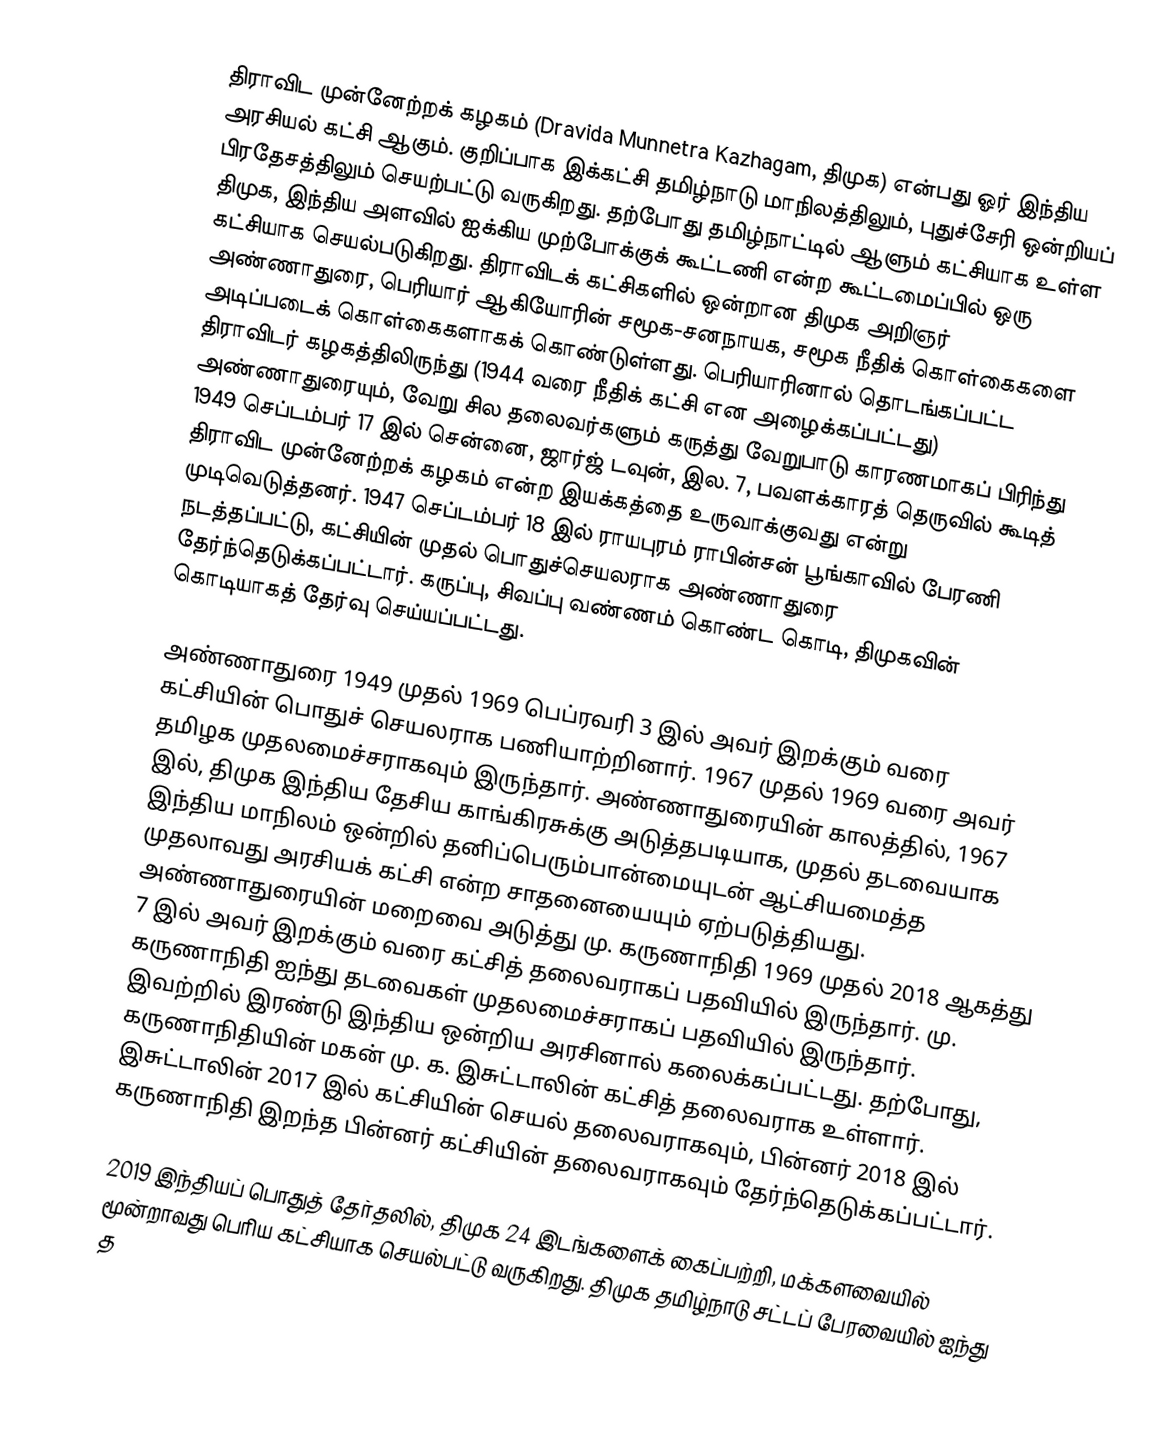
திராவிட முன்னேற்றக் கழகம் (Dravida Munnetra Kazhagam, திமுக) என்பது ஓர் இந்திய அரசியல் கட்சி ஆகும். குறிப்பாக இக்கட்சி தமிழ்நாடு மாநிலத்திலும், புதுச்சேரி ஒன்றியப் பிரதேசத்திலும் செயற்பட்டு வருகிறது. தற்போது தமிழ்நாட்டில் ஆளும் கட்சியாக உள்ள திமுக, இந்திய அளவில் ஐக்கிய முற்போக்குக் கூட்டணி என்ற கூட்டமைப்பில் ஒரு கட்சியாக செயல்படுகிறது. திராவிடக் கட்சிகளில் ஒன்றான திமுக அறிஞர் அண்ணாதுரை, பெரியார் ஆகியோரின் சமூக-சனநாயக, சமூக நீதிக் கொள்கைகளை அடிப்படைக் கொள்கைகளாகக் கொண்டுள்ளது. பெரியாரினால் தொடங்கப்பட்ட திராவிடர் கழகத்திலிருந்து (1944 வரை நீதிக் கட்சி என அழைக்கப்பட்டது) அண்ணாதுரையும், வேறு சில தலைவர்களும் கருத்து வேறுபாடு காரணமாகப் பிரிந்து 1949 செப்டம்பர் 17 இல் சென்னை, ஜார்ஜ் டவுன், இல. 7, பவளக்காரத் தெருவில் கூடித் திராவிட முன்னேற்றக் கழகம் என்ற இயக்கத்தை உருவாக்குவது என்று முடிவெடுத்தனர். 1947 செப்டம்பர் 18 இல் ராயபுரம் ராபின்சன் பூங்காவில் பேரணி நடத்தப்பட்டு, கட்சியின் முதல் பொதுச்செயலராக அண்ணாதுரை தேர்ந்தெடுக்கப்பட்டார். கருப்பு, சிவப்பு வண்ணம் கொண்ட கொடி, திமுகவின் கொடியாகத் தேர்வு செய்யப்பட்டது.

அண்ணாதுரை 1949 முதல் 1969 பெப்ரவரி 3 இல் அவர் இறக்கும் வரை கட்சியின் பொதுச் செயலராக பணியாற்றினார். 1967 முதல் 1969 வரை அவர் தமிழக முதலமைச்சராகவும் இருந்தார். அண்ணாதுரையின் காலத்தில், 1967 இல், திமுக இந்திய தேசிய காங்கிரசுக்கு அடுத்தபடியாக, முதல் தடவையாக இந்திய மாநிலம் ஒன்றில் தனிப்பெரும்பான்மையுடன் ஆட்சியமைத்த முதலாவது அரசியக் கட்சி என்ற சாதனையையும் ஏற்படுத்தியது. அண்ணாதுரையின் மறைவை அடுத்து மு. கருணாநிதி 1969 முதல் 2018 ஆகத்து 7 இல் அவர் இறக்கும் வரை கட்சித் தலைவராகப் பதவியில் இருந்தார். மு. கருணாநிதி ஐந்து தடவைகள் முதலமைச்சராகப் பதவியில் இருந்தார். இவற்றில் இரண்டு இந்திய ஒன்றிய அரசினால் கலைக்கப்பட்டது. தற்போது, கருணாநிதியின் மகன் மு. க. இசுட்டாலின் கட்சித் தலைவராக உள்ளார். இசுட்டாலின் 2017 இல் கட்சியின் செயல் தலைவராகவும், பின்னர் 2018 இல் கருணாநிதி இறந்த பின்னர் கட்சியின் தலைவராகவும் தேர்ந்தெடுக்கப்பட்டார்.

2019 இந்தியப் பொதுத் தேர்தலில், திமுக 24 இடங்களைக் கைப்பற்றி, மக்களவையில் மூன்றாவது பெரிய கட்சியாக செயல்பட்டு வருகிறது. திமுக தமிழ்நாடு சட்டப் பேரவையில் ஐந்து த